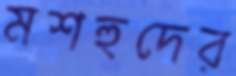
মশহুদের